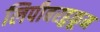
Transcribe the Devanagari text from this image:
लिपीबरहुकूम